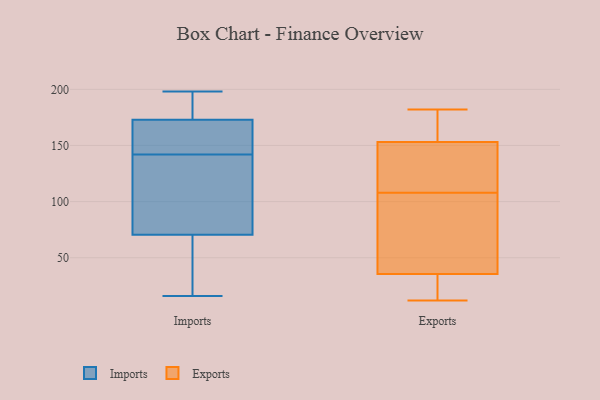
{"axis": {"x": "Inventory Turnover", "y": "Value"}, "legend": ["Exports", "Imports"], "data": [{"x": "", "y": 163, "type": "Imports"}, {"x": "", "y": 166, "type": "Imports"}, {"x": "", "y": 81, "type": "Imports"}, {"x": "", "y": 198, "type": "Imports"}, {"x": "", "y": 133, "type": "Imports"}, {"x": "", "y": 60, "type": "Imports"}, {"x": "", "y": 143, "type": "Imports"}, {"x": "", "y": 141, "type": "Imports"}, {"x": "", "y": 139, "type": "Imports"}, {"x": "", "y": 180, "type": "Imports"}, {"x": "", "y": 32, "type": "Imports"}, {"x": "", "y": 169, "type": "Imports"}, {"x": "", "y": 179, "type": "Imports"}, {"x": "", "y": 177, "type": "Imports"}, {"x": "", "y": 28, "type": "Imports"}, {"x": "", "y": 16, "type": "Imports"}, {"x": "", "y": 19, "type": "Exports"}, {"x": "", "y": 92, "type": "Exports"}, {"x": "", "y": 16, "type": "Exports"}, {"x": "", "y": 174, "type": "Exports"}, {"x": "", "y": 12, "type": "Exports"}, {"x": "", "y": 140, "type": "Exports"}, {"x": "", "y": 167, "type": "Exports"}, {"x": "", "y": 156, "type": "Exports"}, {"x": "", "y": 144, "type": "Exports"}, {"x": "", "y": 182, "type": "Exports"}, {"x": "", "y": 85, "type": "Exports"}, {"x": "", "y": 18, "type": "Exports"}, {"x": "", "y": 108, "type": "Exports"}, {"x": "", "y": 94, "type": "Exports"}, {"x": "", "y": 114, "type": "Exports"}]}